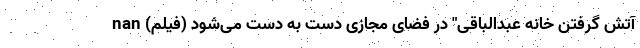
آتش گرفتن خانه عبدالباقی" در فضای مجازی دست به دست می‌شود (فیلم) nan